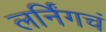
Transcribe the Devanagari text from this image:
लर्निंगचं